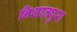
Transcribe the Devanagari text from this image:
निशातपुरा